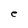
Character: e